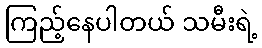
ကြည့်နေပါတယ် သမီးရဲ့